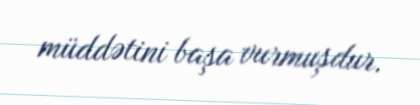
müddətini başa vurmuşdur.